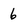
Character: 6